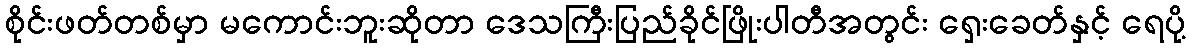
စိုင်းဖတ်တစ်မှာ မကောင်းဘူးဆိုတာ ဒေသကြီးပြည်ခိုင်ဖြိုးပါတီအတွင်း ရှေးခေတ်နှင့် ရေပို့